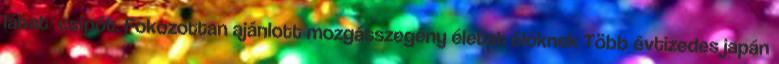
lábat csípőt. Fokozottan ajánlott mozgásszegény életet élőknek Több évtizedes japán